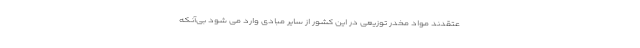
عتقدند مواد مخدر توزیعی در این کشور از سایر مبادی وارد می شود بی‌آنکه